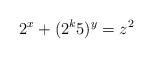
LaTeX: \begin{align*}2^x+(2^{k}5)^y=z^2\end{align*}